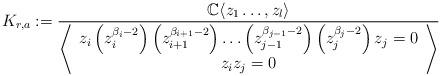
LaTeX: \begin{align*}K_{r,a}:= \frac{\mathbb{C} \langle z_1 \dots, z_l \rangle}{\left\langle {\begin{array}{c}z_i \left( z_i^{\beta_i-2} \right) \left( z_{i+1}^{\beta_{i+1}-2} \right) \dots {\left( z_{j-1}^{\beta_{j-1}-2} \right)} \left( z_j^{\beta_j-2} \right) z_j=0 \\z_i z_j=0 \end{array}}\right\rangle}\end{align*}